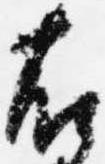
右